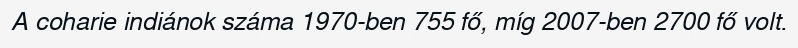
A coharie indiánok száma 1970-ben 755 fő, míg 2007-ben 2700 fő volt.